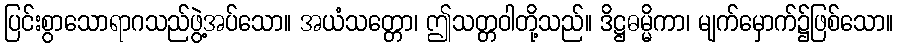
ပြင်းစွာသောရာဂသည်ဖွဲ့အပ်သော။ အယံသတ္တော၊ ဤသတ္တဝါတို့သည်။ ဒိဋ္ဌဓမ္မိကာ၊ မျက်မှောက်၌ဖြစ်သော။